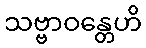
သဗ္ဗာဝန္တေဟိ